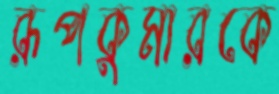
রূপকুমারকে